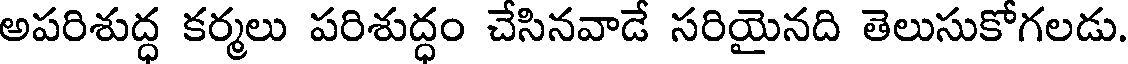
అపరిశుద్ధ కర్మలు పరిశుద్ధం చేసినవాడే సరియైనది తెలుసుకోగలడు